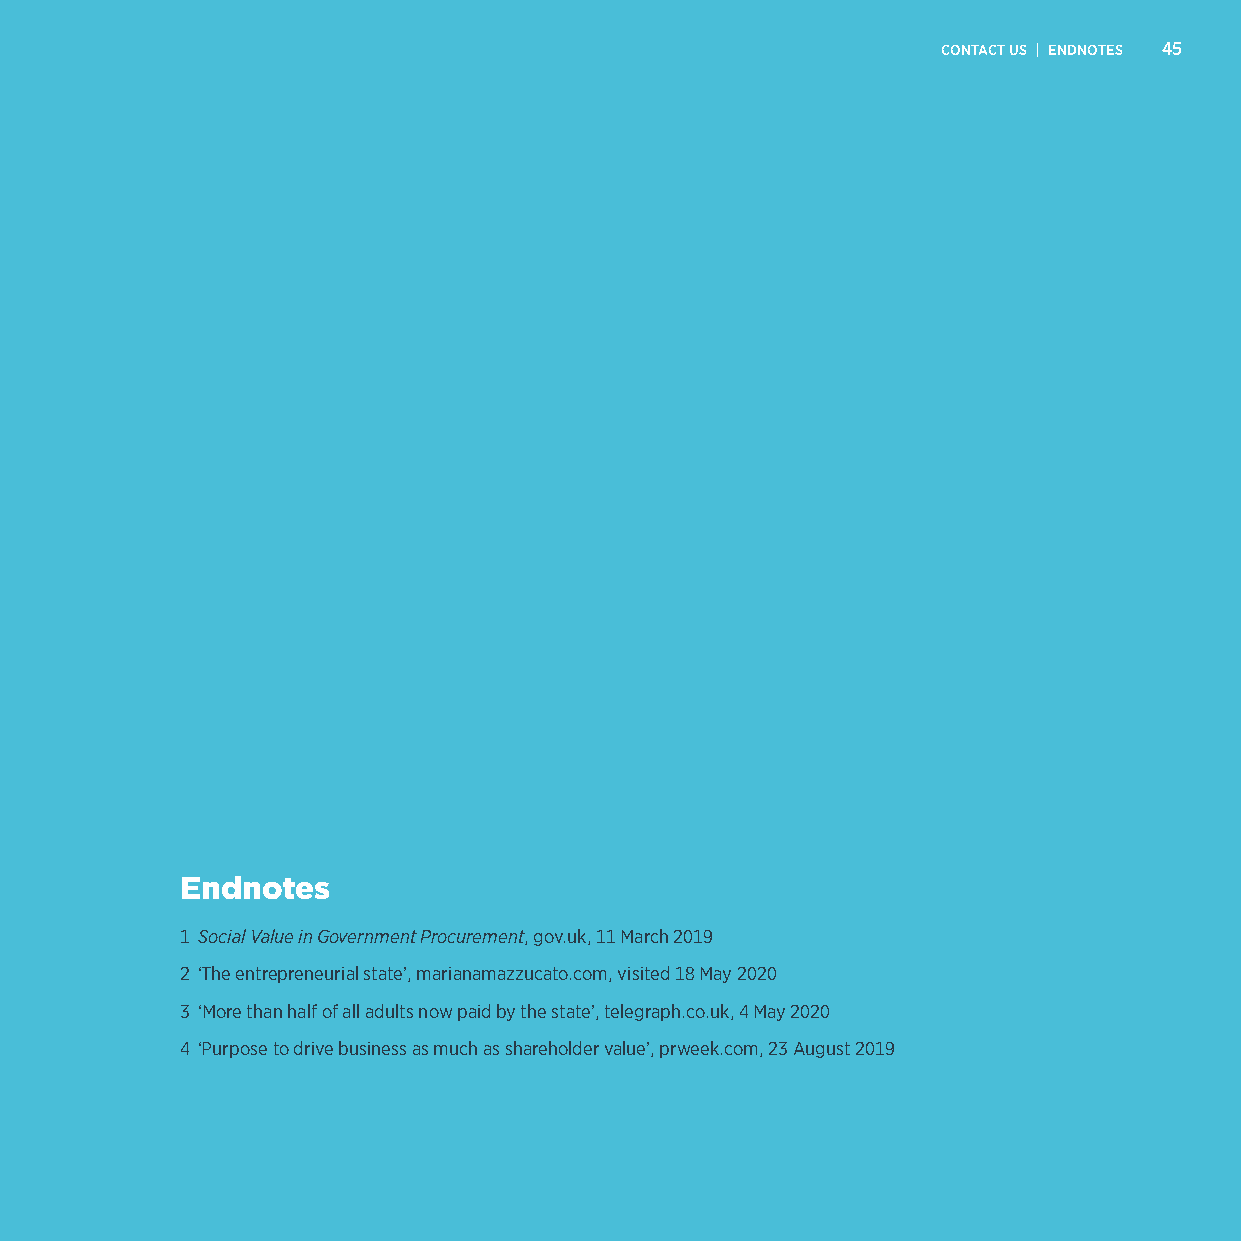
CONTACT US | ENDNOTES 45
 Endnotes
 1 Social Value in Government Procurement, gov.uk, 11 March 2019
 2 ‘The entrepreneurial state’, marianamazzucato.com, visited 18 May 2020
 3 ‘More than half of all adults now paid by the state’, telegraph.co.uk, 4 May 2020
 4 ‘Purpose to drive business as much as shareholder value’, prweek.com, 23 August 2019